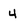
Character: 4